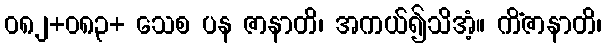
ဝ၈၂+၀၈၃+ သေစ ပန ဇာနာတိ၊ အကယ်၍သိအံ့။ ကိံဇာနာတိ၊